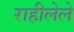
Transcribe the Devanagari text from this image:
राहीलेले